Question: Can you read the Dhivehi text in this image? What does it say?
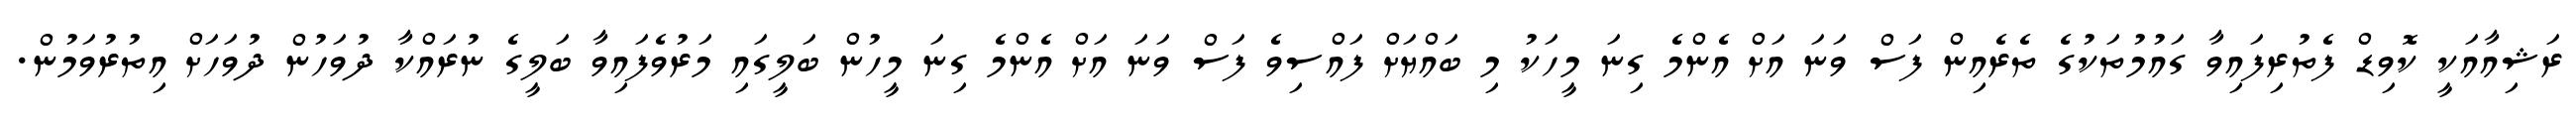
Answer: ރަޝިއާއަކީ ކޮވިޑް ފެތުރިފައިވާ ގައުމުތަކުގެ ތެރެއިން ފަސް ވަނަ އަށް އެންމެ ގިނަ މީހަކު މި ބައްޔަށް ފައްސިވެ ފަސް ވަނަ އަށް އެންމެ ގިނަ މީހުން ބަލީގައި މަރުވެފައިވާ ބަލީގެ ނުރައްކާ ދުވަހުން ދުވަހަށް އިތުރުވަމުން.